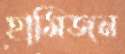
হামিজন